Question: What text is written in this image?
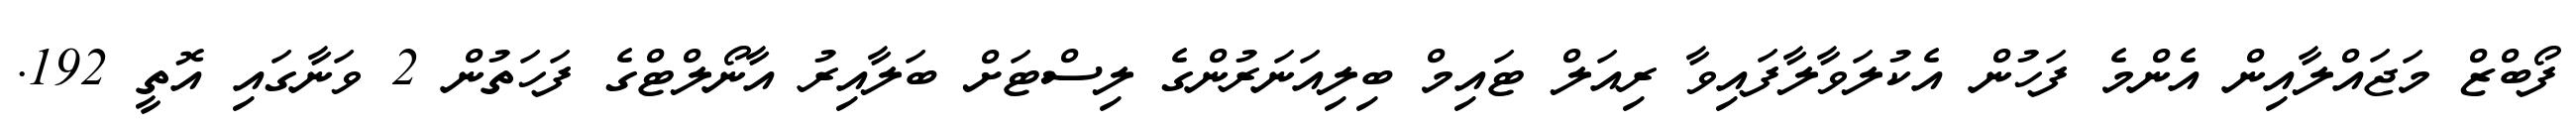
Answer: ފޯބްޒް މަޖައްލާއިން އެންމެ ފަހުން އެކުލަވާލާފައިވާ ރިއަލް ޓައިމް ބިލިއަނަރުންގެ ލިސްޓަށް ބަލާއިރު އާނޯލްޓްގެ ފަހަތުން 2 ވަނާގައި އޮތީ 192.